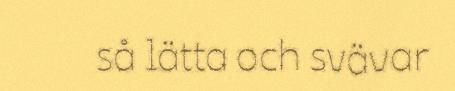
så lätta och svävar